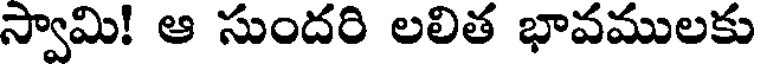
స్వామి! ఆ సుందరి లలిత భావములకు